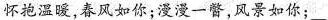
怀抱温暖，春风如你；漫漫一瞥，风景如你；___